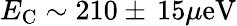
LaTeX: E_{\mathrm{C}}\sim 210\pm\, 15\mu\mathrm{eV}